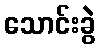
သောင်းခွဲ